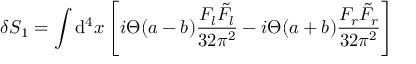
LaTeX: \delta S _ { 1 } = \int \mathrm { d } ^ { 4 } x \left[ i \Theta ( a - b ) \frac { F _ { l } \tilde { F } _ { l } } { 3 2 \pi ^ { 2 } } - i \Theta ( a + b ) \frac { F _ { r } \tilde { F } _ { r } } { 3 2 \pi ^ { 2 } } \right]